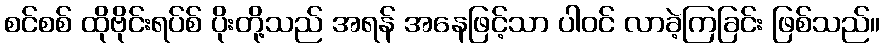
စင်စစ် ထိုဗိုင်းရပ်စ် ပိုးတို့သည် အရန် အနေဖြင့်သာ ပါဝင် လာခဲ့ကြခြင်း ဖြစ်သည်။